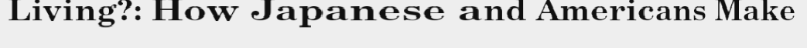
Living?: How Japanese and Americans Make